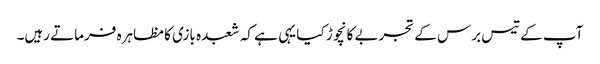
آپ کے تیس برس کے تجربے کا نچوڑ کیا یہی ہے کہ شعبدہ بازی کا مظاہرہ فرماتے رہیں۔